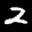
Label: 2